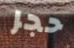
حجر